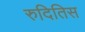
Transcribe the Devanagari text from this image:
रुदितिस